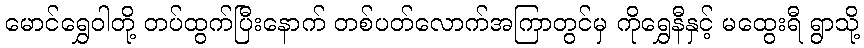
မောင်ရွှေဝါတို့ တပ်ထွက်ပြီးနောက် တစ်ပတ်လောက်အကြာတွင်မှ ကိုရွှေနီနှင့် မထွေးရီ ရွာသို့